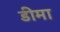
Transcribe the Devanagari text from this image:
डीमा